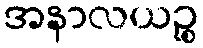
အနာလယဉ္စ